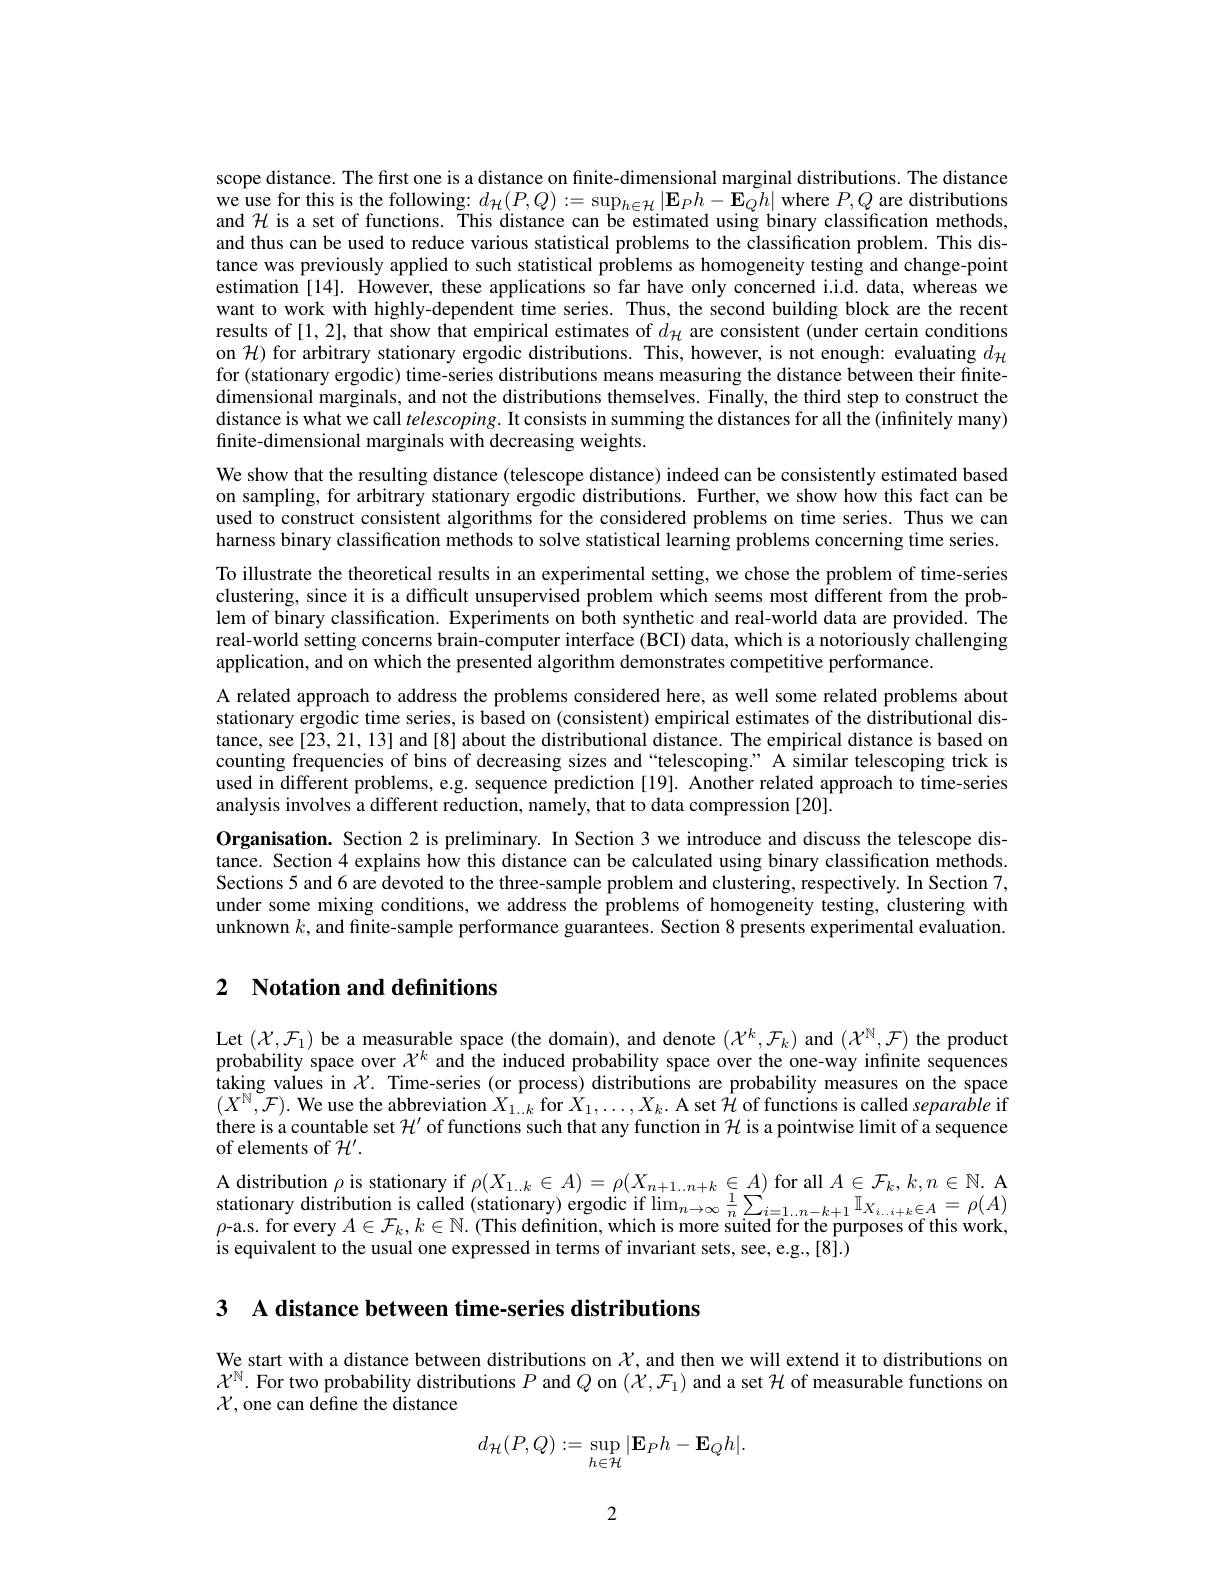
scope distance. The first one is a distance on finite-dimensional marginal distributions. The distance we use for this is the following: $d_{\mathcal{H}}(P,Q):=\sup_{h\in\mathcal{H}}|\mathbf{E}_{P}h-\mathbf{E}_{Q}h|$ where $P,Q$ are distributions and $\mathcal{H}$ is a set of functions. This distance can be estimated using binary classification methods, and thus can be used to reduce various statistical problems to the classification problem. This distance was previously applied to such statistical problems as homogeneity testing and change-point estimation [14]. However, these applications so far have only concerned i.i.d. data, whereas we want to work with highly-dependent time series. Thus, the second building block are the recent results of [1,2], that show that empirical estimates of $d_{\mathcal{H}}$ are consistent (under certain conditions on $\mathcal{H})$ for arbitrary stationary ergodic distributions. This, however, is not enough: evaluating $d_\mathcal{H}$ for (stationary ergodic) time-series distributions means measuring the distance between their finitedimensional marginals, and not the distributions themselves. Finally, the third step to construct the distance is what we call $telescoping.$ It consists in summing the distances for all the (infinitely many) finite-dimensional marginals with decreasing weights.

We show that the resulting distance (telescope distance) indeed can be consistently estimated based on sampling, for arbitrary stationary ergodic distributions. Further, we show how this fact can be used to construct consistent algorithms for the considered problems on time series. Thus we can harness binary classification methods to solve statistical learning problems concerning time series. To illustrate the theoretical results in an experimental setting, we chose the problem of time-series clustering, since it is a difficult unsupervised problem which seems most different from the problem of binary classification. Experiments on both synthetic and real-world data are provided. The real-world setting concerns brain-computer interface (BCI) data, which is a notoriously challenging application, and on which the presented algorithm demonstrates competitive performance.
A related approach to address the problems considered here, as well some related problems about stationary ergodic time series, is based on (consistent) empirical estimates of the distributional distance, see [23, 21, 13] and [8] about the distributional distance. The empirical distance is based on counting frequencies of bins of decreasing sizes and "telescoping." A similar telescoping trick is used in different problems, e.g. sequence prediction [19]. Another related approach to time-series analysis involves a different reduction, namely, that to data compression [20].
Organisation. Section 2 is preliminary. In Section 3 we introduce and discuss the telescope distance. Section 4 explains how this distance can be calculated using binary classification methods. Sections 5 and 6 are devoted to the three-sample problem and clustering, respectively. In Section 7, under some mixing conditions, we address the problems of homogeneity testing, clustering with unknown $k$, and finite-sample performance guarantees. Section 8 presents experimental evaluation.

# 2 Notation and definitions

Let $(\mathcal{X},\mathcal{F}_{1})$ be a measurable space (the domain), and denote $(\mathcal{X}^{k},\mathcal{F}_{k})$ and $(\mathcal{X}^{\mathbb{N}},\mathcal{F})$ the product probability space over $\chi^k$ and the induced probability space over the one-way infinite sequences $\operatorname*{\text{taking values in }}_{(\mathbf{V}^{\mathbb{N}})}\hat{\mathcal{T}}$me-series (or process) distributions are probability measures on the space $(X^{\mathbb{N}},\mathcal{F}).$ We use the abbreviation $X_1..k$ for $X_1,\ldots,X_k.$ A set $\hat{\mathcal{H}}$ of functions is called separable if there is a countable set $\mathcal{H}^\prime$ of functions such that any function in $\mathcal{H}$ is a pointwise limit of a sequence of elements of $\mathcal{H}^\prime.$
A distribution $\rho$ is stationary if $\rho(X_{1..k}\in A)=\rho(X_{n+1..n+k}\in A)$ for all $A\in\mathcal{F}_k,k,n\in\mathbb{N}.$ A stationary distribution is called (stationary) ergodic if $\lim_{n\to\infty}\frac1n\sum_{i=1\ldots n-k+1}^{^{\prime}}\mathbb{I}_{X_{i\ldots i+k}\in A}=\rho(A)$ $\rho$-a.s. for every $A\in\mathcal{F}_k,k\in\mathbb{N}.$ (This definition, which is more suited for the purposes of this work, is equivalent to the usual one expressed in terms of invariant sets, see, e.g., [8].)

3 A distance between time-series distributions

We start with a distance between distributions on $\mathcal{X}$, and then we will extend it to distributions on $\mathcal{X}^\mathbb{N}$. For two probability distributions $P$ and $Q$ on $(\mathcal{X},\mathcal{F}_1)$ and a set $\mathcal{H}$ of measurable functions on $\mathcal{X}$,one can define the distance
$$d_{\mathcal{H}}(P,Q):=\sup_{h\in\mathcal{H}}|\mathbf{E}_{P}h-\mathbf{E}_{Q}h|.$$
2